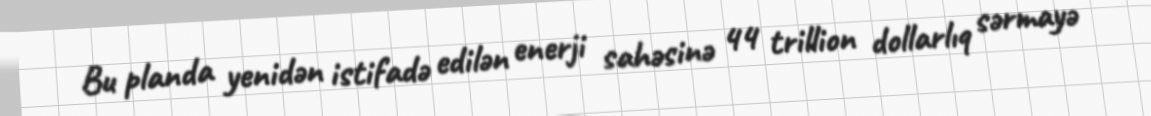
Bu planda yenidən istifadə edilən enerji sahəsinə 44 trillion dollarlıq sərmayə